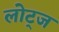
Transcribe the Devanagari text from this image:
लोट्ज